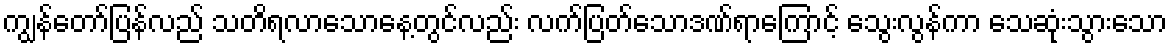
ကျွန်တော်ပြန်လည် သတိရလာသောနေ့တွင်လည်း လက်ပြတ်သောဒဏ်ရာကြောင့် သွေးလွန်ကာ သေဆုံးသွားသော